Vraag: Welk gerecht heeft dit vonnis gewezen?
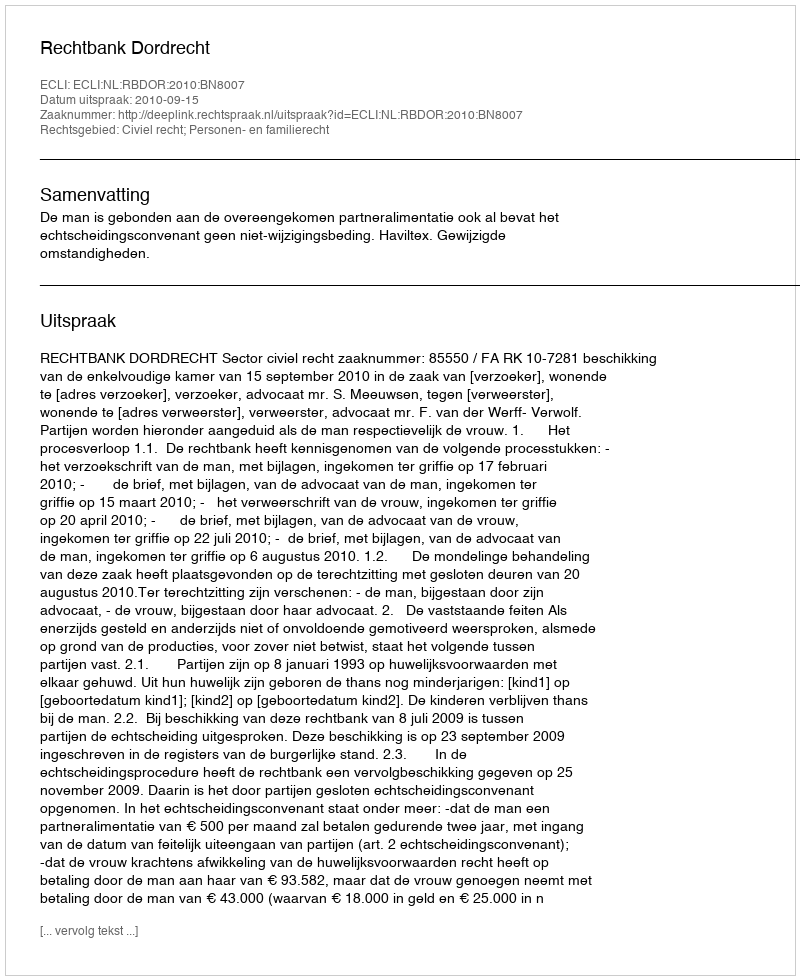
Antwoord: Rechtbank Dordrecht